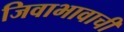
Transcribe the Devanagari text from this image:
जिवाभावाची